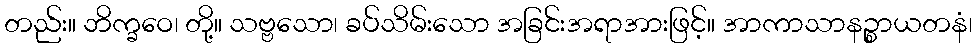
တည်း။ ဘိက္ခဝေ၊ တို့။ သဗ္ဗသော၊ ခပ်သိမ်းသော အခြင်းအရာအားဖြင့်။ အာကာသာနဉ္စာယတနံ၊